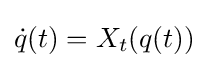
{\dot {q}}(t)=X_{t}(q(t))